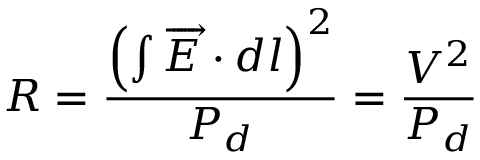
R = { \frac { \left( \int { { \overrightarrow { E } } \cdot d l } \right) ^ { 2 } } { P _ { d } } } = { \frac { V ^ { 2 } } { P _ { d } } }